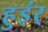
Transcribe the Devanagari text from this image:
हुइंर्